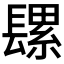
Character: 𮤄